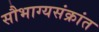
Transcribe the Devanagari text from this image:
सौभाग्यसंक्रांत